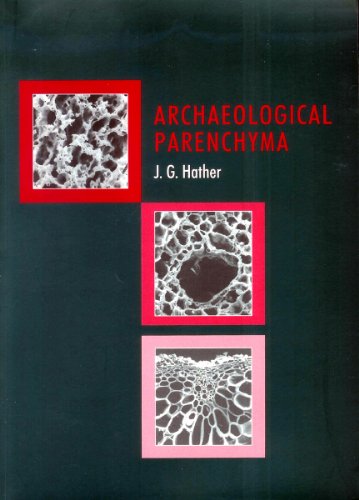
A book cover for ARCH'OLOGICAL PARENCHYMA (UNIV COL LONDON INST ARCH PUB); Jon G Hather; Science & Math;